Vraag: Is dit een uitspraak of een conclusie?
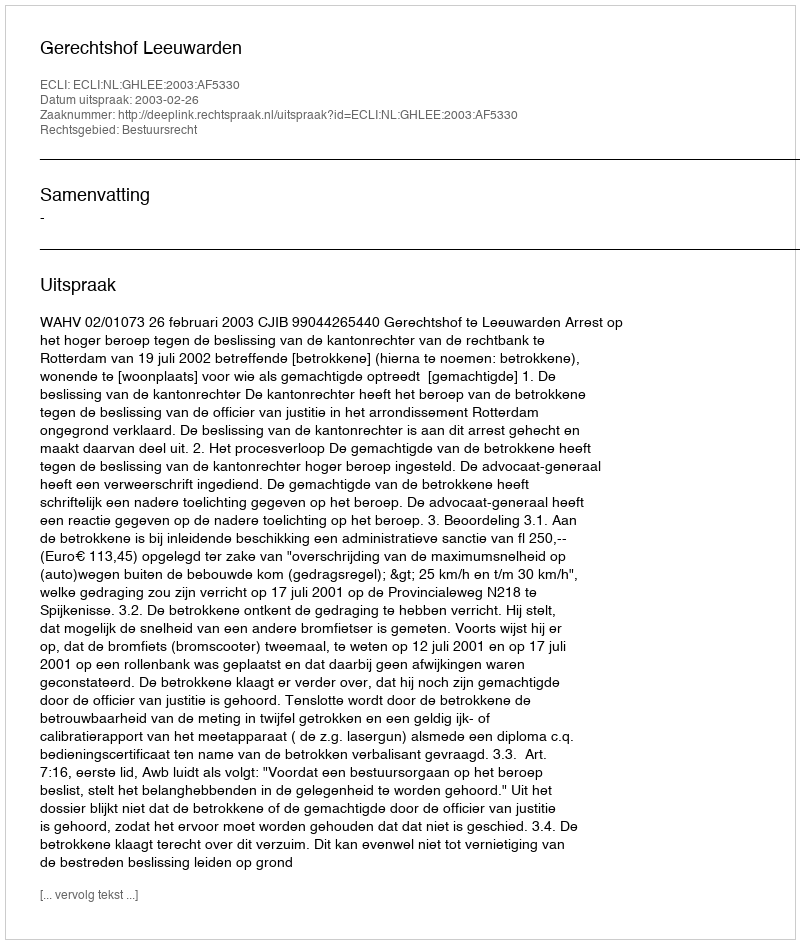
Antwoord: Uitspraak